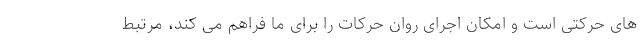
های حرکتی است و امکان اجرای روان حرکات را برای ما فراهم می کند، مرتبط